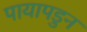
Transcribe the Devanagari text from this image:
पायापडुन